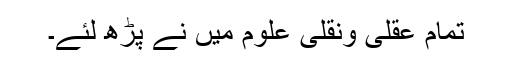
تمام عقلی ونقلی علوم میں نے پڑھ لئے۔